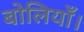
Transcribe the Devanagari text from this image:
बोलियाँ।